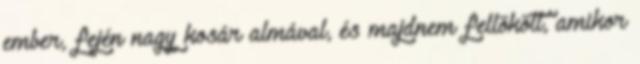
ember, fején nagy kosár almával, és majdnem fellökött, amikor